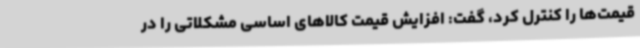
قیمت‌ها را کنترل کرد، گفت: افزایش قیمت کالاهای اساسی مشکلاتی را در